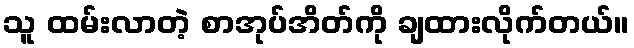
သူ ထမ်းလာတဲ့ စာအုပ်အိတ်ကို ချထားလိုက်တယ်။